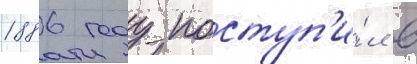
1886 году поступ'и́л в